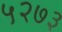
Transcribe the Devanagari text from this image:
५२७३